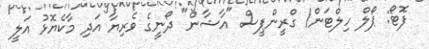
ފޮޓޯ: ޕޯލް ހިލްޓަން/ ގްރީންޕީސް "އާޝާން" ދޯނީގެ ވެރިޔާ އަދި މާކެޔޮޅު އަލީ